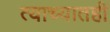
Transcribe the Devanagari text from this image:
त्याच्यातही